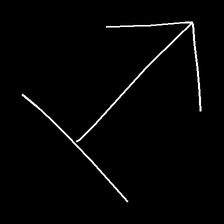
Glyph: levitation